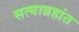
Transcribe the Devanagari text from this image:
सत्याग्रहांत